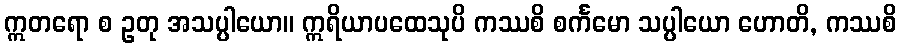
ဣတရော စ ဥတု အသပ္ပါယော။ ဣရိယာပထေသုပိ ကဿစိ စင်္ကမော သပ္ပါယော ဟောတိ, ကဿစိ